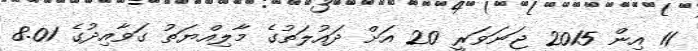
11 އިން 2015 ޖަނަވަރީ 20 އަށް ދައުލަތުގެ މާލިއްޔަތު ގަވާއިދުގެ 8.01